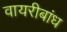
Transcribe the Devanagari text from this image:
वायरीबांध